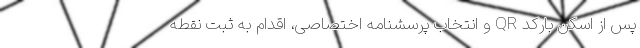
پس از اسکن بارکد QR و انتخاب پرسشنامه اختصاصی، اقدام به ثبت نقطه